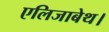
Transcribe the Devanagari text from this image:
एलिजाबेथ।